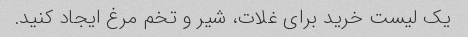
یک لیست خرید برای غلات، شیر و تخم مرغ ایجاد کنید.